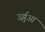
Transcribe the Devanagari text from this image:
उर्झुआ